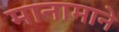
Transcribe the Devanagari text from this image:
मानामाने